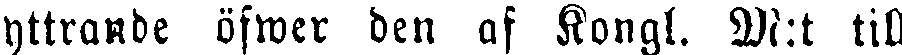
yttrande öfwer den af Kongl. M:t till